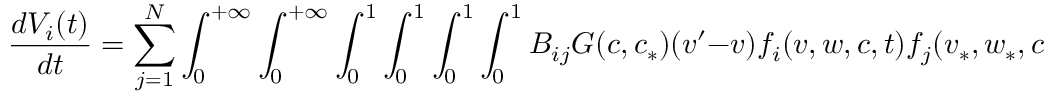
\frac { d V _ { i } ( t ) } { d t } = \sum _ { j = 1 } ^ { N } \int _ { 0 } ^ { + \infty } \int _ { 0 } ^ { + \infty } \int _ { 0 } ^ { 1 } \int _ { 0 } ^ { 1 } \int _ { 0 } ^ { 1 } \int _ { 0 } ^ { 1 } B _ { i j } G ( c , c _ { * } ) ( v ^ { \prime } - v ) f _ { i } ( v , w , c , t ) f _ { j } ( v _ { * } , w _ { * } , c _ { * } , t ) d v d v _ { * } d w d w _ { * } d c d c _ { * } \, ,